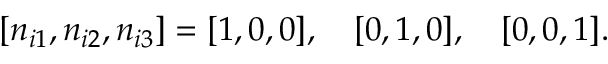
[ n _ { i 1 } , n _ { i 2 } , n _ { i 3 } ] = [ 1 , 0 , 0 ] , \quad [ 0 , 1 , 0 ] , \quad [ 0 , 0 , 1 ] .